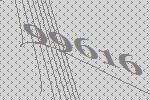
99616